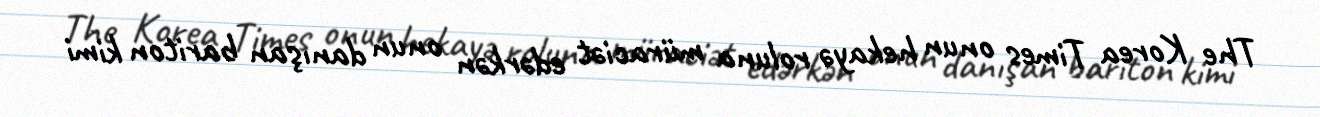
The Korea Times onun hekayə roluna müraciət edərkən onun danışan bariton kimi